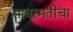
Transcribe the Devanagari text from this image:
साबरमतीचा